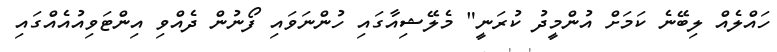
ހައްލެއް ލިބޭނެ ކަމަށް އުންމީދު ކުރަނީ" މެލޭޝިއާގައި ހުންނަވައި ފޯނުން ދެއްވި އިންޓަވިއުއެއްގައި